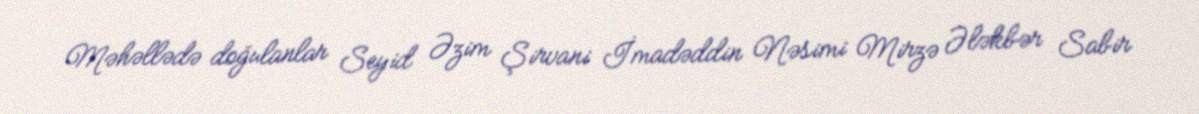
Məhəllədə doğulanlar Seyid Əzim Şirvani İmadəddin Nəsimi Mirzə Ələkbər Sabir